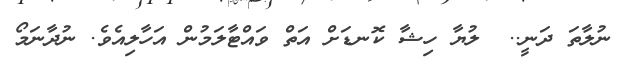
ނުލާތަ ދަނީ..  ލުޔާ ހިޝާ ކޮނޑަށް އަތް ވައްޓާލަމުން އަހާލިއެވެ. ނުދާނަމޯ